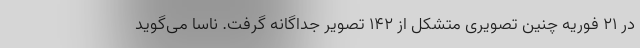
در ۲۱ فوریه چنین تصویری متشکل از ۱۴۲ تصویر جداگانه گرفت. ناسا می‌گوید